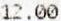
12.00